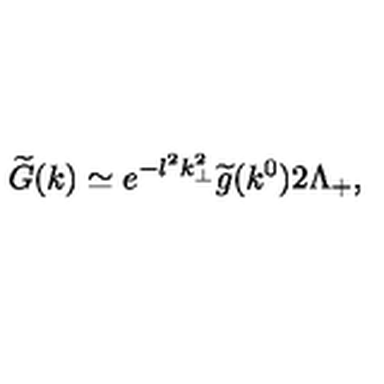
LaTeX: \widetilde { G } ( k ) \simeq e ^ { - l ^ { 2 } k _ { \perp } ^ { 2 } } \widetilde { g } ( k ^ { 0 } ) 2 \Lambda _ { + } ,